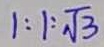
1 : 1 : \sqrt { 3 }